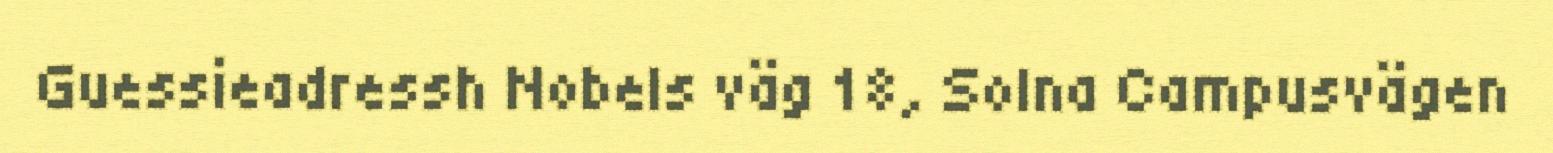
Guessieadressh Nobels väg 18, Solna Campusvägen